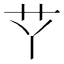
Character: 𱽋